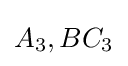
A_{3},BC_{3}